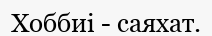
Хоббиі - саяхат.